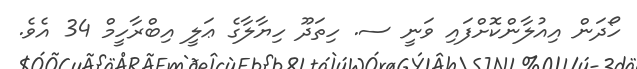
ހޯދަން އިއުލާންކޮށްފައި ވަނީ ސ. ހިތަދޫ ހިޔާލާގެ ޢަލީ އިބްރާހީމް 34 އެވެ.